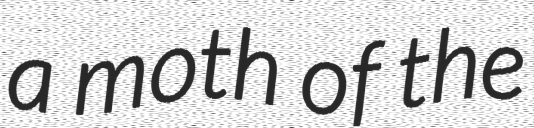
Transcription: a moth of the